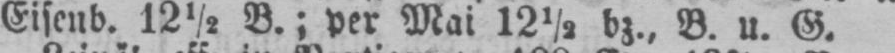
Eisend. 12½ B.; per Mai 12½ bz., B. u. G.